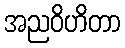
အညဝိဟိတာ